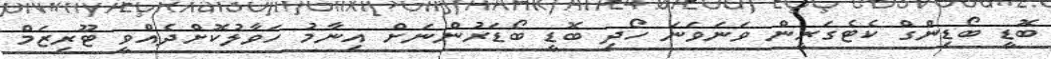
ބޮޑީ ބޯޑިންގް ކެޓެގަރީން ވަނަވަނަ ހޯދި ބޮޑީ ބޯޑަރުންނަށް އިނާމު ހަވާލުކޮށްދެއްވީ ޓޫރިޒަމް